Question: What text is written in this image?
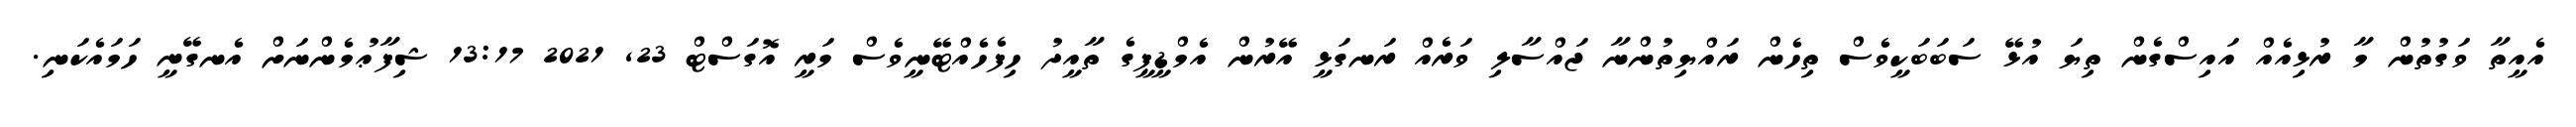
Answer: އެއީތާ ވަގުތުން މާ ރުޅިއެއް އައިސްގެން ތިޔަ އުޅޭ ސަބަބަކީވެސް ތިހެން ރައްޔިތުންނާ ޖައްސާލި ވަރެއް ރަނގަޅީ އޭރުން އެމްޑީޕީގެ ތާއީދު ހިފެހެއްޓޭނީވެސް މަރީ އޮގަސްޓް 23, 2021 13:17 ޝިފާޢުމެންނަށް އެނގޭނީ ހަމައެކަނި.